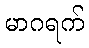
မာဂရက်